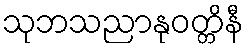
သုဘသညာနုဝတ္တိနီ